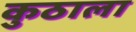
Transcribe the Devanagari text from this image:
कुठाला